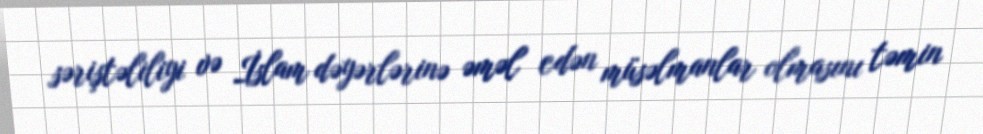
səriştəliliyi və İslam dəyərlərinə əməl edən müsəlmanlar olmasını təmin